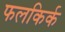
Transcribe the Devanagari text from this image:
फलकिर्क